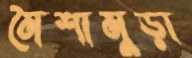
মৈশামুড়া